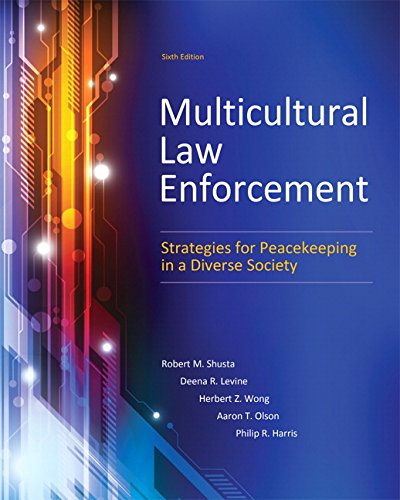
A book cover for Multicultural Law Enforcement: Strategies for Peacekeeping in a Diverse Society (6th Edition); Robert M. Shusta M.P.A.; Law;